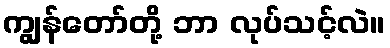
ကျွန်တော်တို့ ဘာ လုပ်သင့်လဲ။